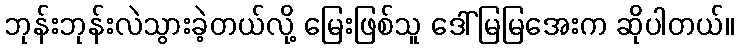
ဘုန်းဘုန်းလဲသွားခဲ့တယ်လို့ မြေးဖြစ်သူ ဒေါ်မြမြအေးက ဆိုပါတယ်။